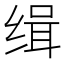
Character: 缉